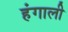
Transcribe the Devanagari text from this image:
हंगाली